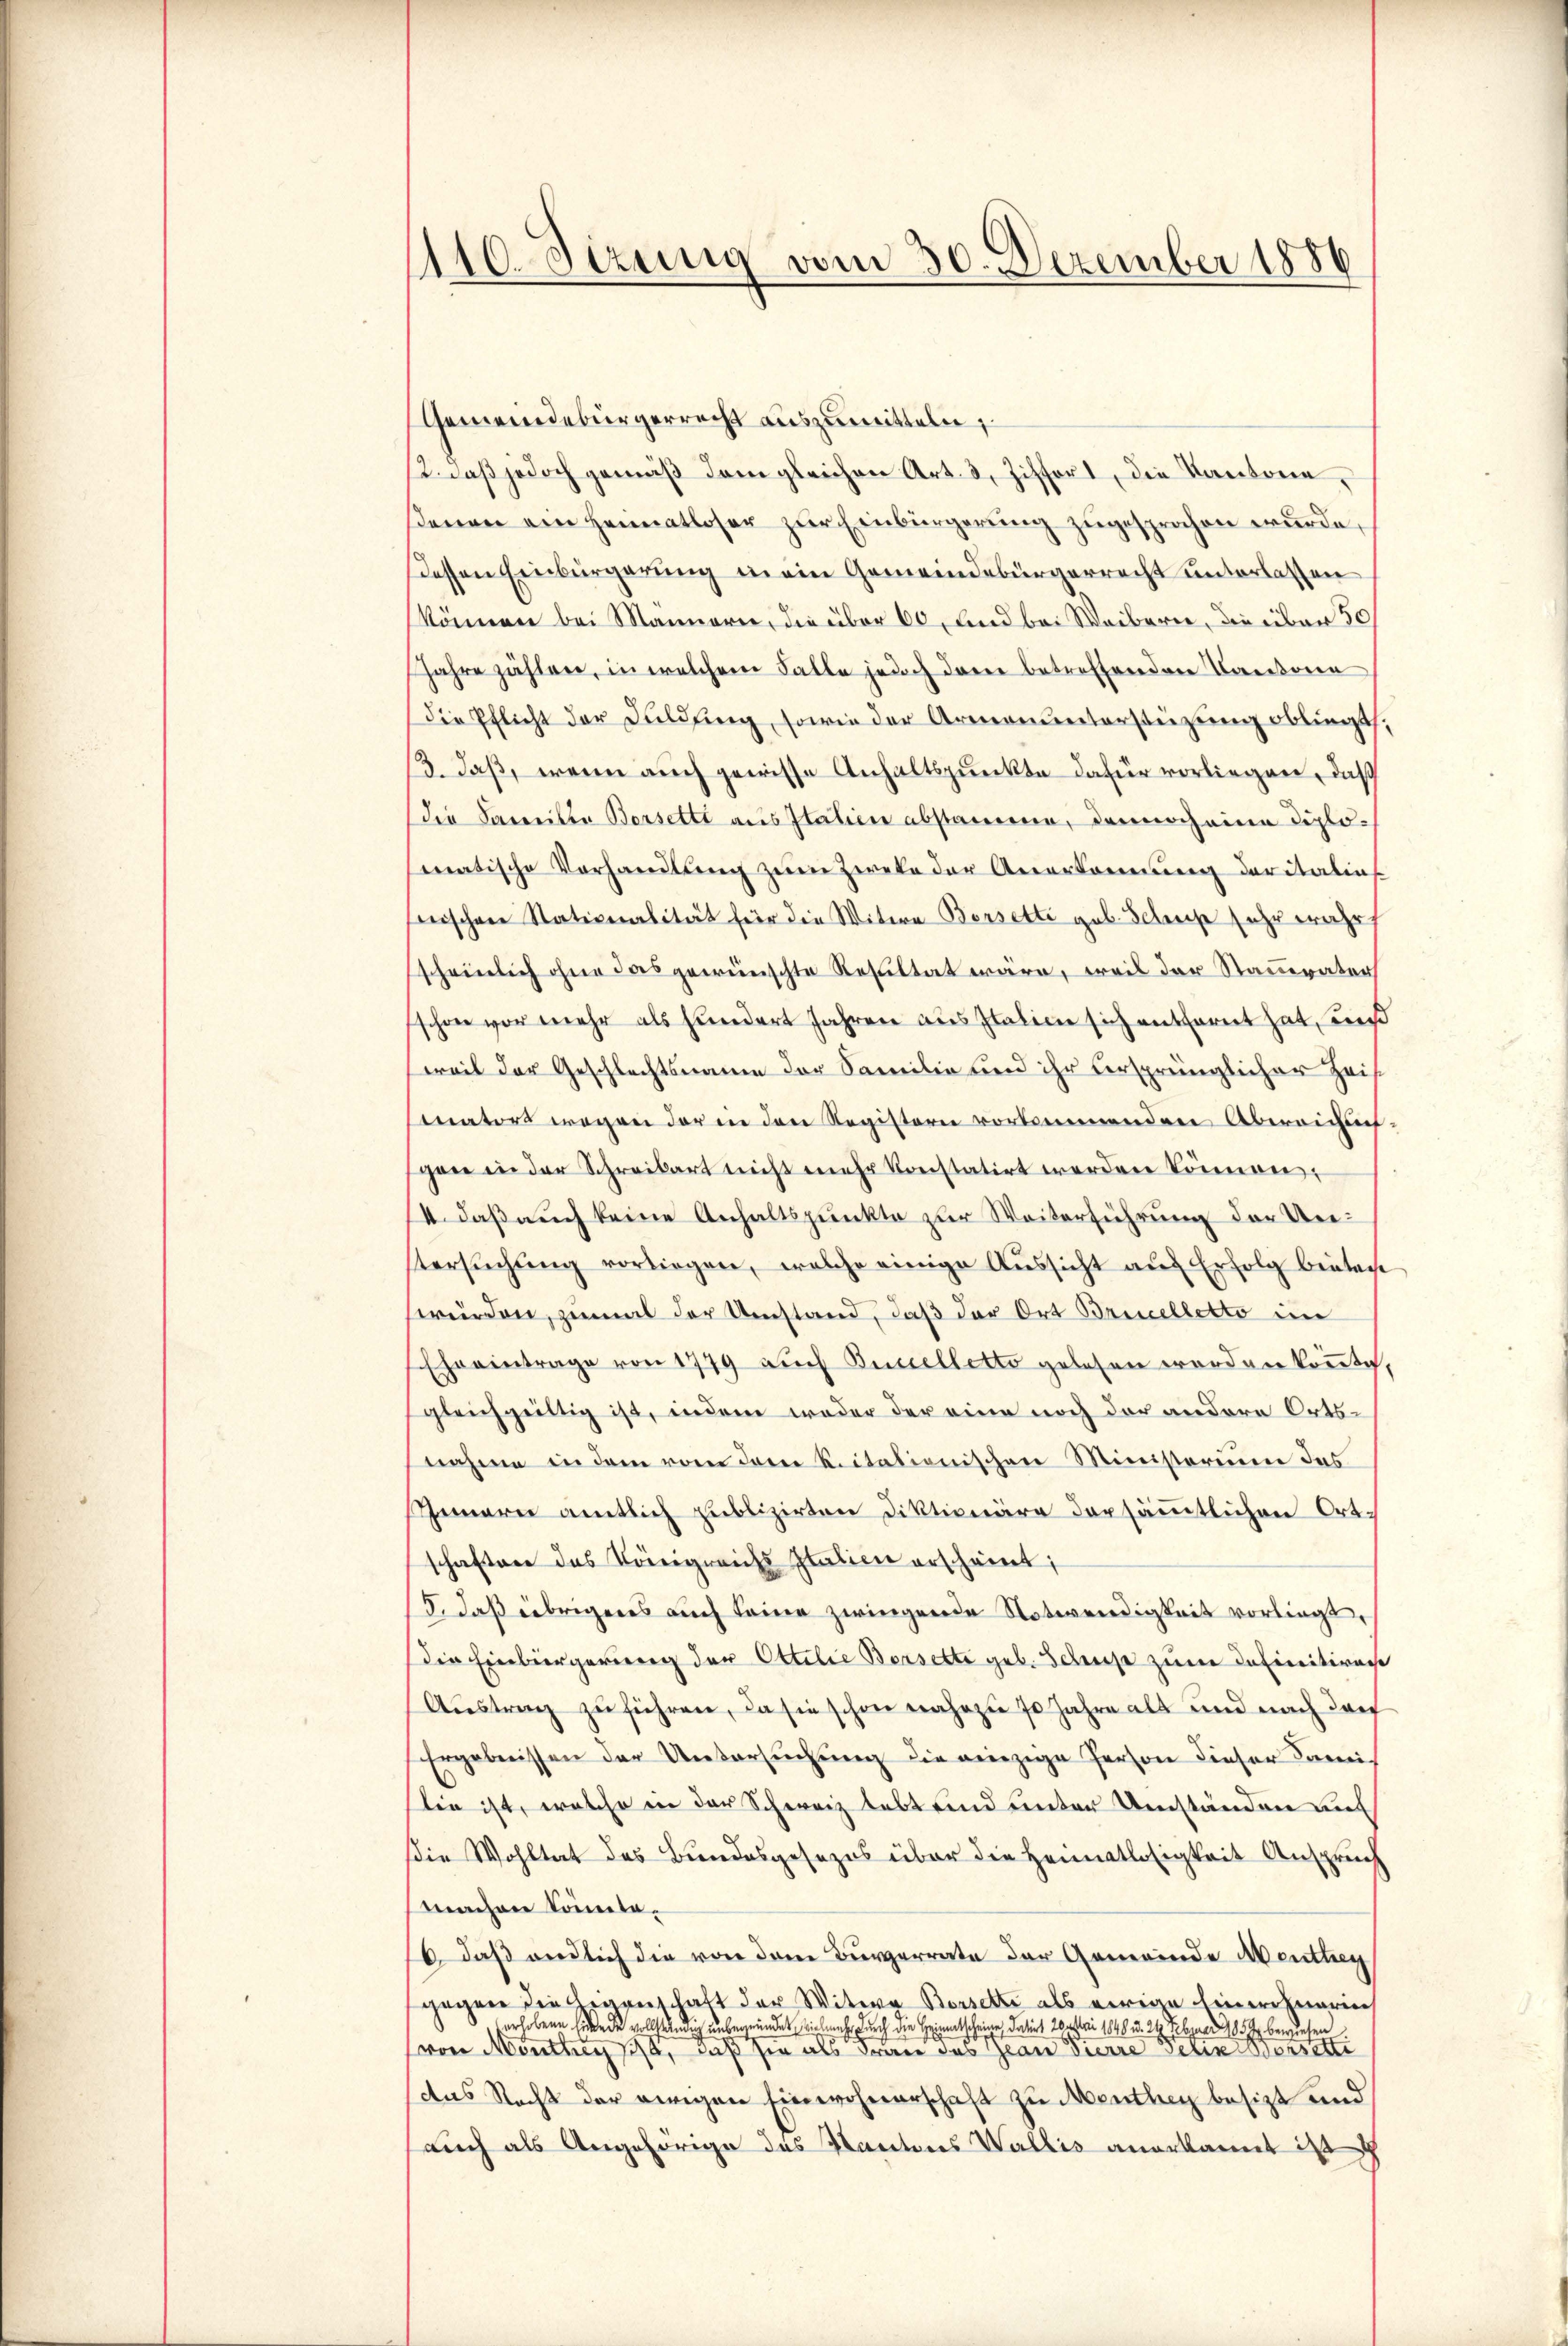
110. Sizung vom 30. Dezember 1886

Gemeindebürgerrecht auszumitteln;
2. daß jedoch gemäß dem gleichen Art. 3, Ziffert, die Kantone,
ßenen ein Heimatloser zur Einbürgerung zugesprochen wurde,
Dessen Einbürgerung in ein Gemeindebürgerrecht unterlassen
können bei Mannern, die über 60, und bei Weibern, die über 50
Jahre zählen, in welchem Falle jedoch darin betreffenden Kantona
Die Pflicht der Fuldŭng, sowie der Armenunterstüzung obliegt,
3. daß, wenn auch gewisse Anhaltspunkte dafür vorliegen, daß
die Samilia Bersetti aus Italien abstamme, dennoch eine diplomatische Vorhandlŭng zŭm Zweke der Anerkennung der italias
wischen Nationalität für die Witwe Bersette geb. Schreise sehr wahr
scheinlich ohne das gewünschte Resultat wäre, weil der Stammvater
schon vor mehr als hundert Jahren aus Italien sich entfernt hat, wie
weil der Geschlechtsname der Familie und ihr versprünglicher Zeimators wegen der in den Registern vorkommenden Übereichf
gan in der Schreibart nicht mehr konstatirt werden können.
4. daß auch keine Anhaltspunkte zur Weiterführung der Uetersŭchŭng vorliegen, welche einige Aŭssicht aŭf Erfolg bieten
würden, zumal der Umstand, daß der Ort Brinelletto im
Eheeintrage von 1779 auch Quelletto gelesen worden könnte,
gleichgültig ist, indem weder der eine noch der andere Ortsnahme in dem vom dem Ritationischen Ministerium des
Innern amtlich publizirten Diktionäre der sämmtlichen Ortschaften des Königreichs Italien erscheint;
5. daß übrigenes auch keine zwingende Notwendigkeit vorliegt,
die Einbürgerung der Ottilie Bersette geb. Schause zum definitiven
Aŭstrag zu führen, da sie schon nahezu 70 Jahre alt und nach dar
Ergebnissen der Untersŭchŭng die einzige Person dieser Fami
Sie ist, welche in der Schweiz lebt sind unter Umständen auf
Die Wohltat des Bundesgesezes über die Heimatlosigkeit Anspruch
machen Commitab. daß endlich die von dem Burgerrate der Gemeinde Menthey
gegen die Eigenschaft der Witwe Borsetze als ewige Einwohnerin
erhobene hiebe de vollständig unbemündet, wie nach durch die Heimentscheine datirt betri 1848 u. 24. Februar 1857 bewiesen
von Monthey sist, daß sie als dran das Jean Pierre Selin stehenen einer eine eine
das Recht der ewigen Einwohnerschaft zu Menthey besizt und
auch als Angehörige des Kantons Wallis anerkannt ist